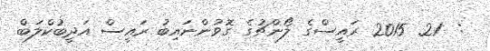
:  21